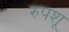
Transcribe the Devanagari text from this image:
रुपशू